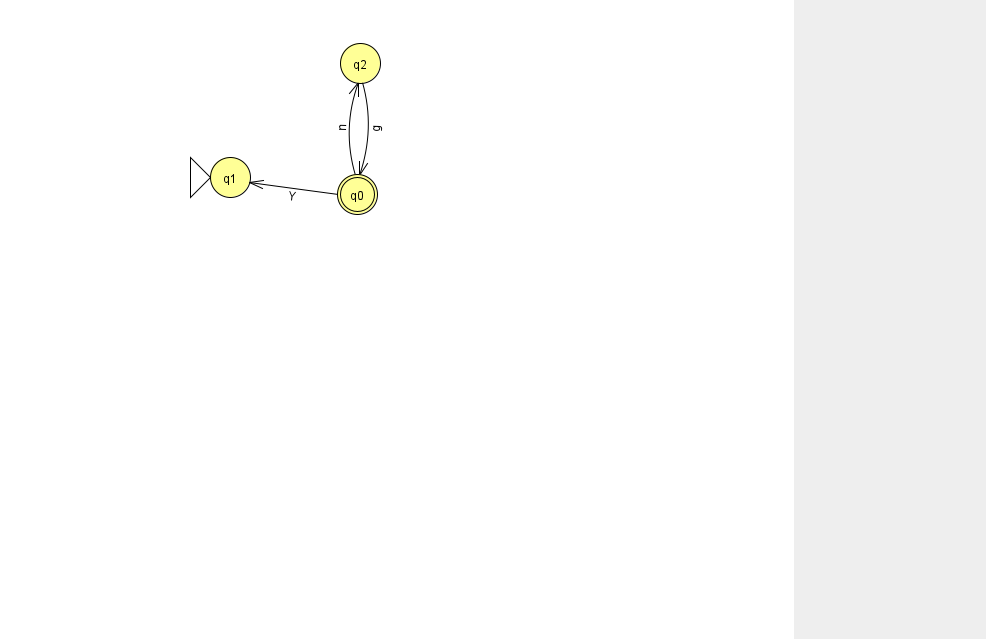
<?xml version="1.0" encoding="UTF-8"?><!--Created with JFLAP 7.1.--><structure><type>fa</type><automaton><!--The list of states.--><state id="0" name="q0"><x>357.0</x><y>181.0</y><final/></state><state id="1" name="q1"><x>230.0</x><y>164.0</y><initial/></state><state id="2" name="q2"><x>360.0</x><y>50.0</y></state><!--The list of transitions.--><transition><from>2</from><to>0</to><read>g</read></transition><transition><from>0</from><to>1</to><read>Y</read></transition><transition><from>0</from><to>2</to><read>n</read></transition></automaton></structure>